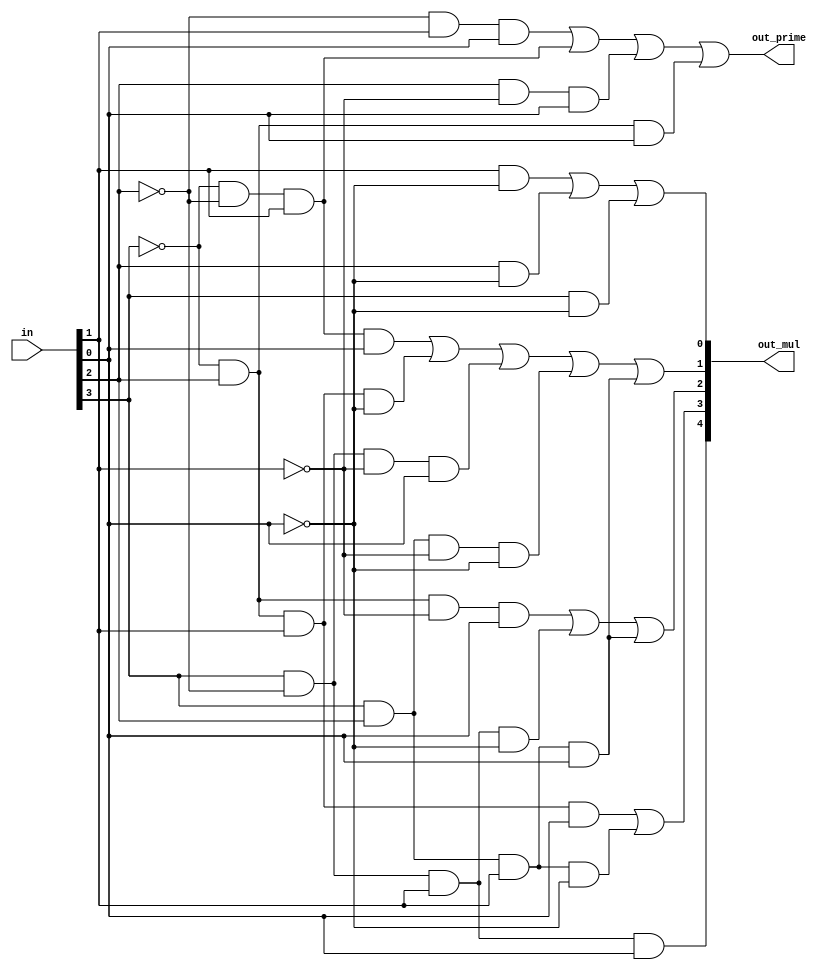
/* CSED273 lab3 experiment 2 */
/* lab3_2.v */


/* Implement Prime Number Indicator & Multiplier Indicator
 * You may use keword "assign" and operator "&","|","~",
 * or just implement with gate-level-modeling (and, or, not) */
 
/* 11: out_mul[4], 7: out_mul[3], 5: out_mul[2],
 * 3: out_mul[1], 1: out_mul[0] */
module lab3_2(
    input wire [3:0] in,
    output wire out_prime,
    output wire [4:0] out_mul
    );

    ////////////////////////
    /* Add your code here */
    
    // Prime Number Indicator
    wire prime_term1, prime_term2, prime_term3, prime_term4; // EPI or PI
    assign prime_term1 = ~in[2] & in[1] & in[0]; // m3 + m11
    assign prime_term2 = ~in[3] & ~in[2] & in[1]; // m2 + m3
    assign prime_term3 = in[2] & ~in[1] & in[0]; // m5 + m13
    assign prime_term4 = ~ in[3] & in[2] & in[0]; // m5 + m7
    assign out_prime = prime_term1 | prime_term2 | prime_term3 | prime_term4; // m2 + m3 + m5 + m7 + m11 + m13
    
    // Multiplier Indicator of 11
    wire mul_of_11_term; // EPI
    assign mul_of_11_term = in[3] & ~in[2] & in[1] & in[0]; // m11
    assign out_mul[4] = mul_of_11_term; // m11
    
    // Multiplier Indicator of 7
    wire mul_of_7_term1, mul_of_7_term2; // EPI
    assign mul_of_7_term1 = ~in[3] & in[2] & in[1] & in[0]; // m7
    assign mul_of_7_term2 = in[3] & in[2] & in[1] & ~in[0]; // m14
    assign out_mul[3] = mul_of_7_term1 | mul_of_7_term2; // m7 + m14
    
    // Multiplier Indicator of 5
    wire mul_of_5_term1, mul_of_5_term2, mul_of_5_term3; // EPI
    assign mul_of_5_term1 = ~in[3] & in[2] & ~in[1] & in[0]; // m5
    assign mul_of_5_term2 = in[3] & ~in[2] & in[1] & ~in[0]; // m10
    assign mul_of_5_term3 = in[3] & in[2] & in[1] & in[0]; // m15
    assign out_mul[2] = mul_of_5_term1 | mul_of_5_term2 | mul_of_5_term3; // m5 + m10 + m15
    
    // Multiplier Indicator of 3
    wire mul_of_3_term1, mul_of_3_term2, mul_of_3_term3, mul_of_3_term4, mul_of_3_term5; // EPI
    assign mul_of_3_term1 = ~in[3] & ~in[2] & in[1] & in[0]; // m3
    assign mul_of_3_term2 = ~in[3] & in[2] & in[1] & ~in[0]; // m6
    assign mul_of_3_term3 = in[3] & ~in[2] & ~in[1] & in[0]; // m9
    assign mul_of_3_term4 = in[3] & in[2] & ~in[1] & ~in[0]; // m12
    assign mul_of_3_term5 = in[3] & in[2] & in[1] & in[0]; // m15
    assign out_mul[1] = mul_of_3_term1 | mul_of_3_term2 | mul_of_3_term3 | mul_of_3_term4 | mul_of_3_term5; // m3 + m6 + m9 + m12 + m15
    
    // Multiplier Indicator of 2
    wire mul_of_2_term1, mul_of_2_term2, mul_of_2_term3; // EPI
    assign mul_of_2_term1 = in[1] & ~in[0]; // m2 + m6 + m10 + m14
    assign mul_of_2_term2 = in[2] & ~in[0]; // m4 + m6 + m12 + m14
    assign mul_of_2_term3 = in[3] & ~in[0]; // m8 + m10 + m12 + m14
    assign out_mul[0] = mul_of_2_term1 | mul_of_2_term2 | mul_of_2_term3; // m2 + m4 + m6 + m8 + m10 + m12 + m14
    ////////////////////////

endmodule